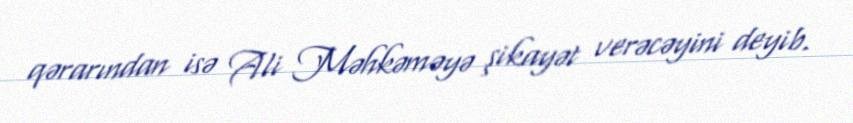
qərarından isə Ali Məhkəməyə şikayət verəcəyini deyib.